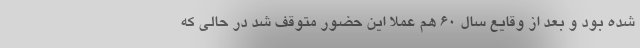
شده بود و بعد از وقایع سال 60 هم عملا این حضور متوقف شد در حالی که